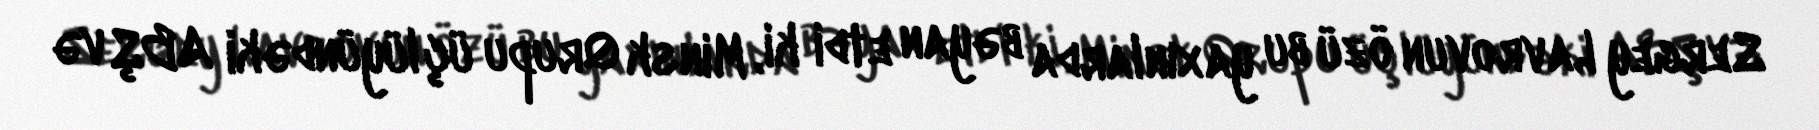
Sergey Lavrovun özü bu yaxınlarda bəyan etdi ki, Minsk Qrupu üçlüyündəki ABŞ və